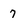
Character: 7